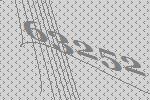
63252